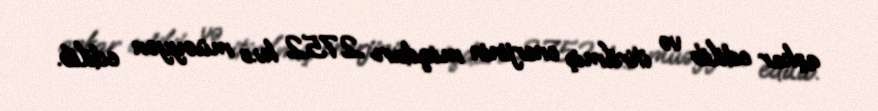
aşkar edilib və itirilmiş enerjinin miqdarı 2752 kv.s müəyyən edilib.